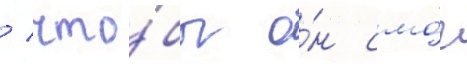
/ что́бы о́н смо́г